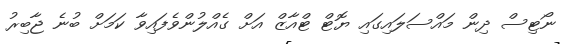
ނޯޓިސް ދިން މައްސަލައިގައި ޔޮޓް ޓްއާޒް އަށް ގެއްލުންވެފައިވާ ކަމަށް ބުނެ ޖާބިރު